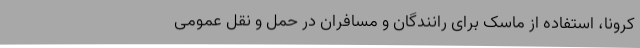
کرونا، استفاده از ماسک برای رانندگان و مسافران در حمل و نقل عمومی